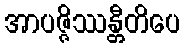
အာပဇ္ဇိဿန္တီတိပေ